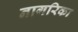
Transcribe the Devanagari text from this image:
नागरिका